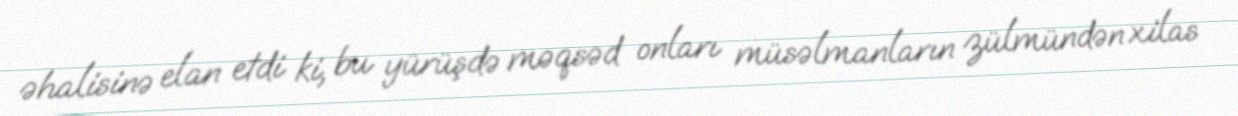
əhalisinə elan etdi ki, bu yürüşdə məqsəd onları müsəlmanların zülmündən xilas